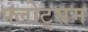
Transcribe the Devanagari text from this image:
फ्लोट्सम